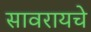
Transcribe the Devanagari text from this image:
सावरायचे